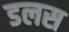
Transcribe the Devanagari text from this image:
डलस